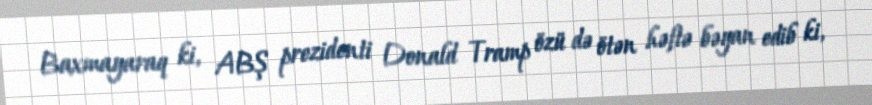
Baxmayaraq ki, ABŞ prezidenti Donald Tramp özü də ötən həftə bəyan edib ki,